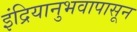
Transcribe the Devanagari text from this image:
इंद्रियानुभवापासून